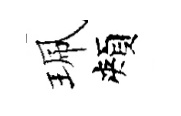
珮頰